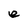
Character: e